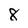
Character: 8